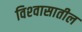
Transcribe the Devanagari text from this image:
विश्‍वासातील